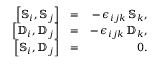
\begin{array} { r l r } { \left[ { \mathbb S } _ { i } , { \mathbb S } _ { j } \right] } & { = } & { - \, \epsilon _ { i j k } \, { \mathbb S } _ { k } , } \\ { \left[ { \mathbb D } _ { i } , { \mathbb D } _ { j } \right] } & { = } & { - \, \epsilon _ { i j k } \, { \mathbb D } _ { k } , } \\ { \left[ { \mathbb S } _ { i } , { \mathbb D } _ { j } \right] } & { = } & { 0 . } \end{array}